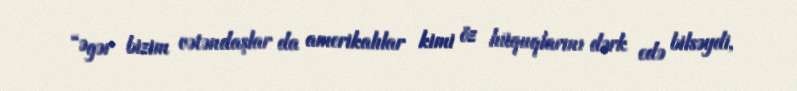
“Əgər bizim vətəndaşlar da amerikalılar kimi öz hüquqlarını dərk edə bilsəydi,